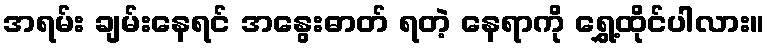
အရမ်း ချမ်းနေရင် အနွေးဓာတ် ရတဲ့ နေရာကို ရွှေ့ထိုင်ပါလား။